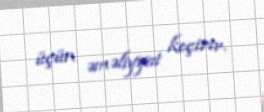
üçün əməliyyat keçirir.